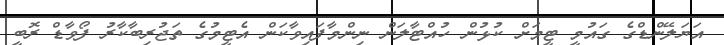
އަޔަލޭންޑްގެ ގައުމީ ޓީމަށް ކުޅުން ހުއްޓާލަން ނިންމާފައިވާކަން އެޓީމުގެ ތަޖުރިބާކާރު ފޯވާޑް ރޮބީ